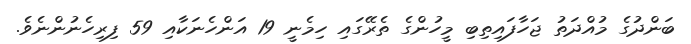
ބަންދުގެ މުއްދަތު ޖަހާފައިތިބި މީހުންގެ ތެރޭގައި ހިމެނީ 19 އަންހެނަކާއި 59 ފިރިހެނުންނެވެ.